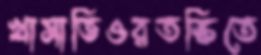
খাসাভিওরতস্কিতে